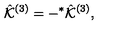
\hat { \cal K } ^ { ( 3 ) } = - { } ^ { * } \hat { \cal K } ^ { ( 3 ) } ,